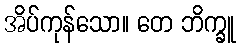
အိပ်ကုန်သော။ တေ ဘိက္ခူ